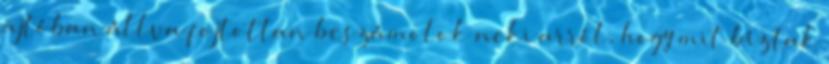
ajtóban állva fojtottan beszámolok neki arról, hogy mit bíztak